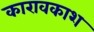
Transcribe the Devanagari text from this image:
कारावकाश